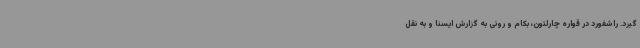
گیرد. راشفورد در قواره چارلتون، بکام و رونی به گزارش ایسنا و به نقل